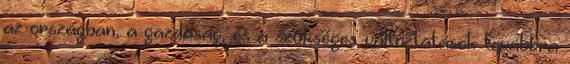
az országban, a gazdaság, és a szükséges változtatások továbbra